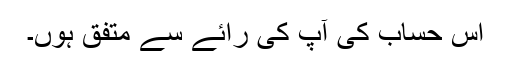
اس حساب کی آپ کی رائے سے متفق ہوں۔